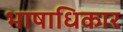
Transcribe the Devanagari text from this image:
भाषाधिकार